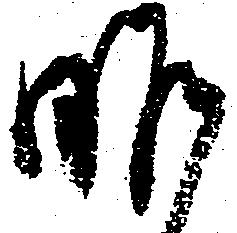
昨